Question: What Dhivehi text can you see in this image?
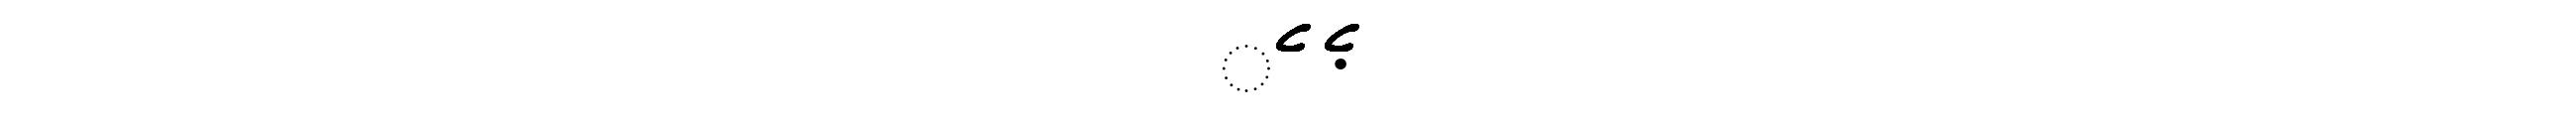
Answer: ެެެެެެެެެެެެެެެެެެެެެެެެެެެެެެެެެެެެެެެެެެެެެެެެެެެެެެެެެ ެެެެެެެެެެެެެެެެެެެެެެެެެެެެެެެެެެެެެެެެެެެެެެެެެެެެެެެެެެެެެެ.